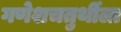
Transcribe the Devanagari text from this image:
गणेशचतुर्थीला